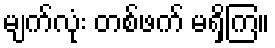
မျက်လုံး တစ်ဖက် မရှိကြ။